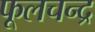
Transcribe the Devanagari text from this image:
फूलचन्द्र